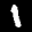
Label: 1